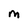
Character: m